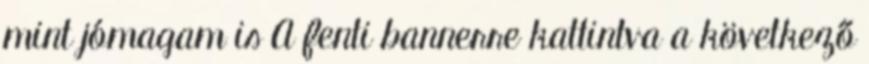
mint jómagam is A fenti bannerre kattintva a következő